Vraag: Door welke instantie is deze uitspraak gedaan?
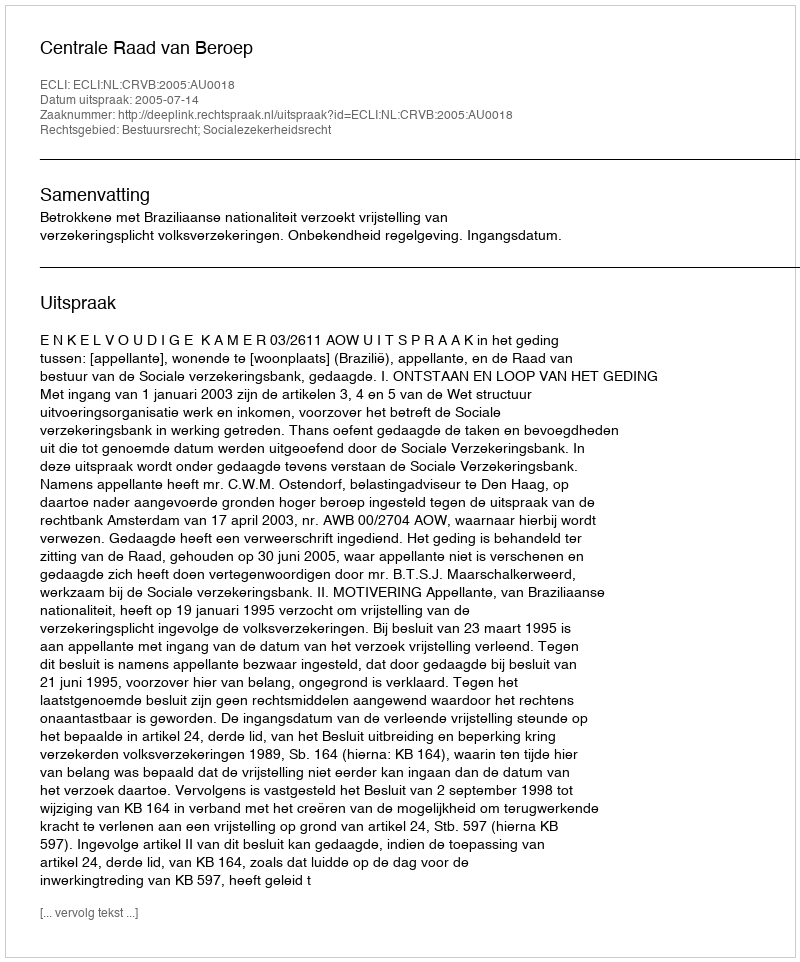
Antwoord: Centrale Raad van Beroep